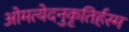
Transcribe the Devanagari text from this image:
ओमत्येदनुकृतिर्हस्म